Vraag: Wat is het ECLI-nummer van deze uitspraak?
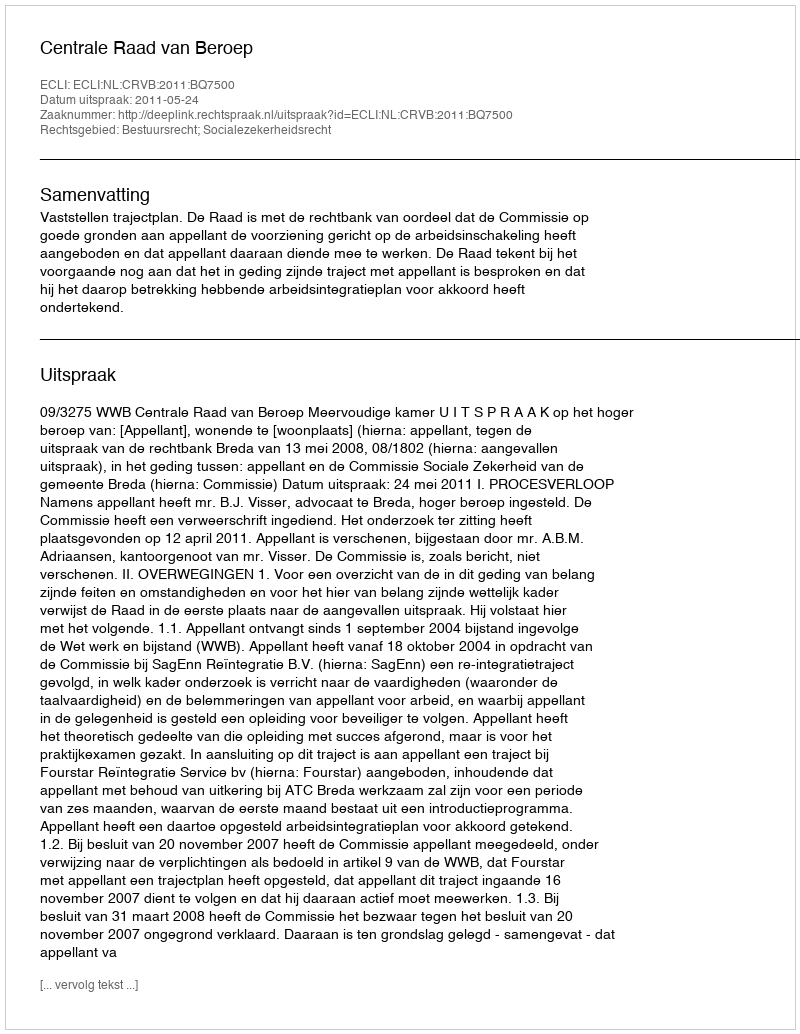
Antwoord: ECLI:NL:CRVB:2011:BQ7500